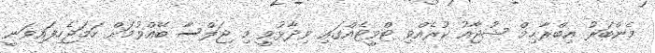
މެންބަރު އިބްރާޙިމް ޝުޖާއު ކުރެއްވި ޓްވީޓެއްގައި ވިދާޅުވީ މި ޖަލްސާ ބޭއްވުމަށް ހަމަޖެހިފައިވަނީ